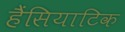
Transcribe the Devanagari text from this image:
हैंसियाटिक